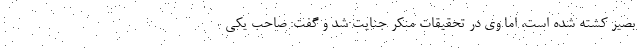
بصیر کشته شده است، اما وی در تحقیقات منکر جنایت شد و گفت: صاحب یکی